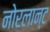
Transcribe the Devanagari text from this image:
नोरलान्ट